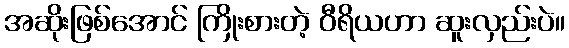
အဆိုးဖြစ်အောင် ကြိုးစားတဲ့ ဝီရိယဟာ ဆူးလှည်းပဲ။